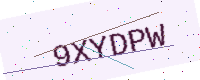
Text: 9XYDPW